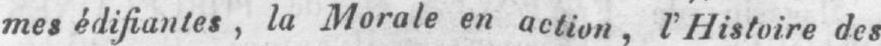
mes édifiantes, la Morale en action, l’Histoire des